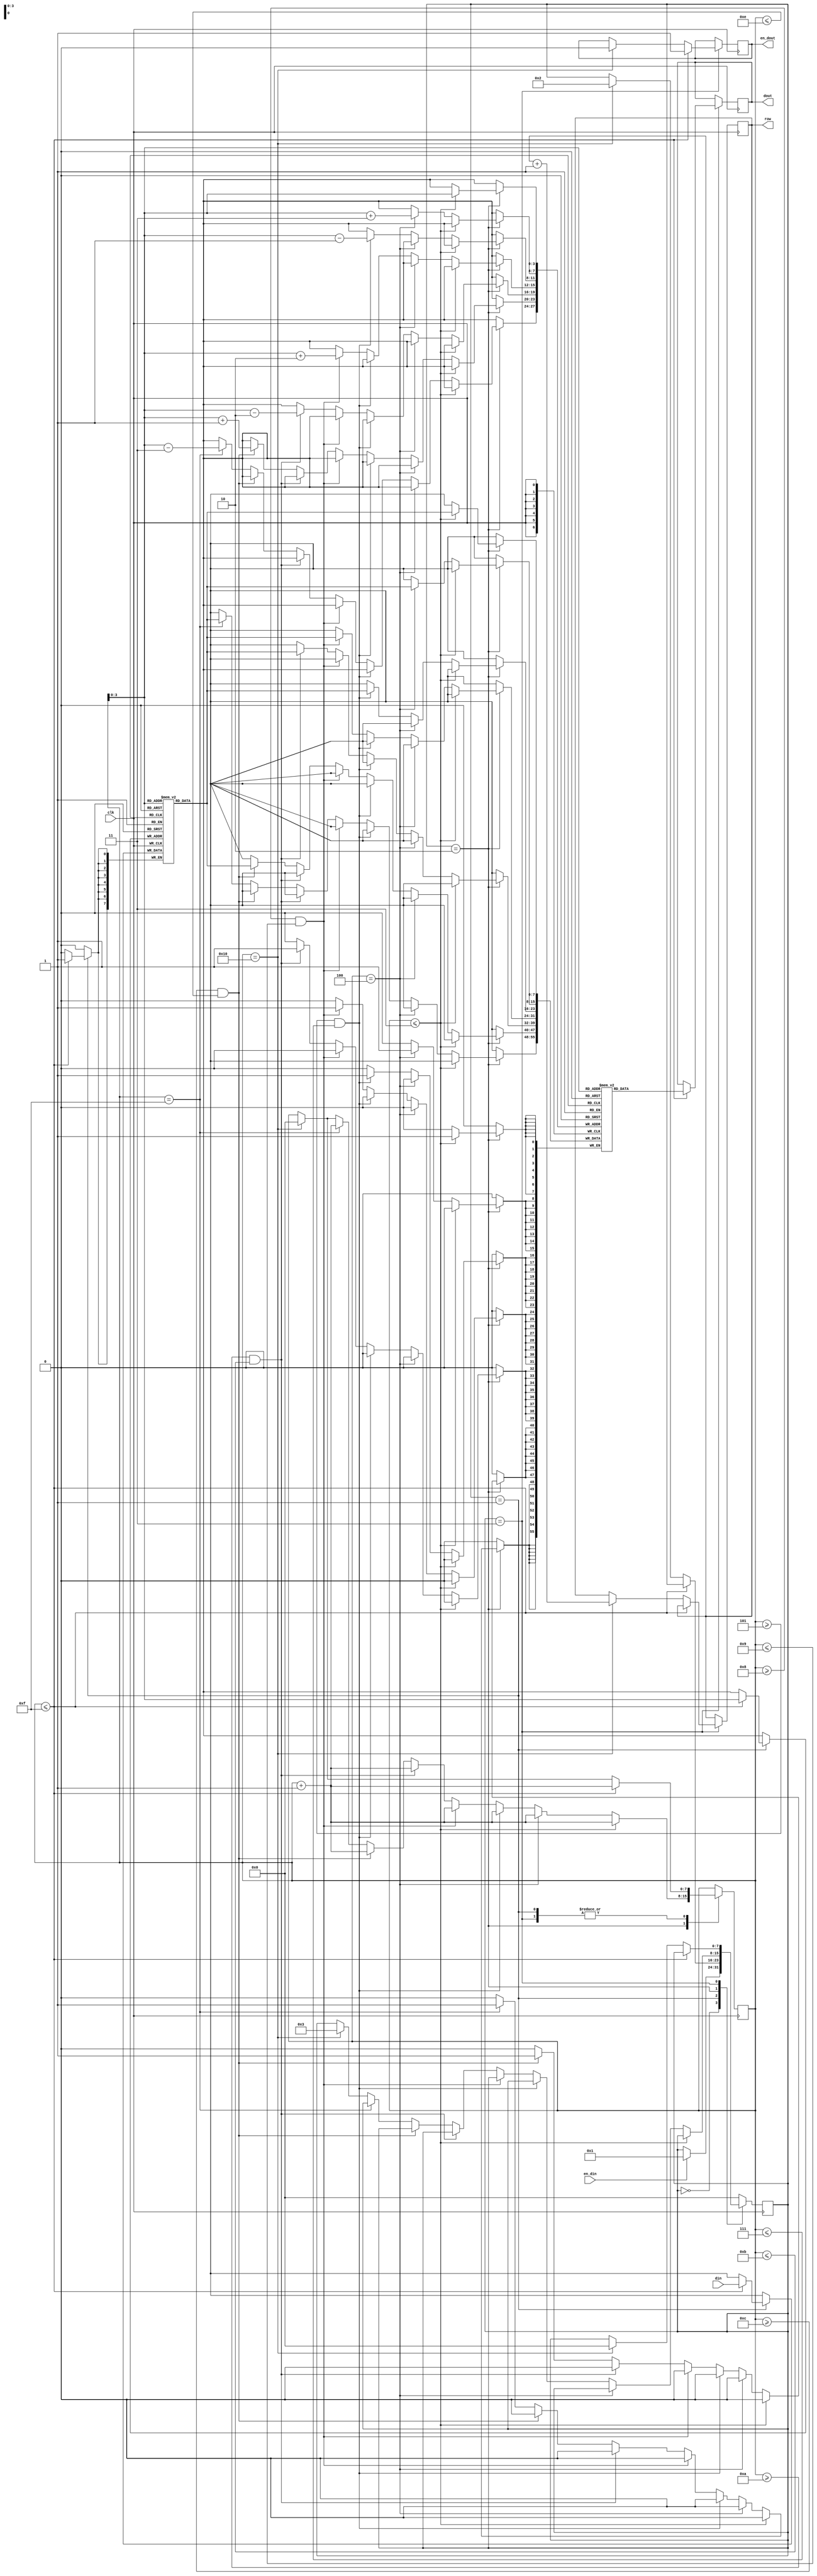
`timescale 1ns / 1ps
//////////////////////////////////////////////////////////////////////////////////
// Company: 
// Engineer: 
// 
// Design Name: 
// Module Name:    ShiftRow 
// Project Name: 
// Target Devices: 
// Tool versions: 
// Description: 
//
// Dependencies: 
//
// Revision: 
// Revision 0.01 - File Created
// Additional Comments: 
//
//////////////////////////////////////////////////////////////////////////////////
module ShiftRow(clk,din,en_din,en_dout,dout,row);
input clk,en_din;
input [7:0] din;
output en_dout;
output reg[7:0] dout;
output[7:0] row;
reg [7:0] row=8'd0;
reg en_dout = 1'd0;
reg [7:0] state =8'd0;
reg [7:0] co =8'd0;
reg [7:0] mem_row [0:15];
reg [7:0] mem_shift [0:15];
always@(posedge clk)begin
case(state)
8'd0: begin
if(en_din == 1'd1)begin
state <= 8'd1;
end
end

8'd1: begin
if(co<=8'd15)begin
mem_row[co]<= din;
co <= co +8'd1;
end
else if(co==8'd16)begin
state <= 8'd2;
co <=8'd0;
end
end

8'd2: begin 
if(co<=8'd3)begin
     mem_shift[co] <=mem_row[co];
     co <= co +8'd1;
end

else if(co==8'd4)begin
     mem_shift[co+3] <=mem_row[co];
     co <= co +8'd1;
end

else if(co>=8'd5 && co<= 8'd7)begin
     mem_shift[co-1] <=mem_row[co];
     co <= co +8'd1;
end

else if(co>=8'd8 && co<= 8'd9)begin
     mem_shift[co+2] <=mem_row[co];
     co <= co +8'd1;
end

else if(co>=8'd10 && co<= 8'd11)begin
     mem_shift[co-2] <=mem_row[co];
     co <= co +8'd1;
end

else if(co>=8'd12 && co<= 8'd14)begin
     mem_shift[co+1] <=mem_row[co];
     co <= co +8'd1;
end

else if(co==8'd15)begin
     mem_shift[co-3] <=mem_row[co];
     co <= co +8'd1;
end


else if(co==8'd16)begin
state <=8'd3;
co <= 8'd0;
end
end
8'd3: begin

if(co<=8'd15)begin
en_dout <= 1'd1;
dout<= mem_shift[co];
co <= co +8'd1;
end
else if(co==8'd16)begin
en_dout <= 1'd0;
state<=8'd0;
co <=8'd0;
row =row +8'd1;
end
end
 
default : state <=8'd0;
endcase
end

endmodule